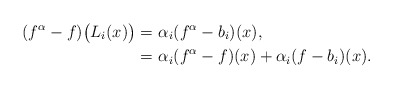
\begin{align*} (f^\alpha-f) \big (L_i(x)\big) =&~\alpha_i(f^\alpha-b_i)(x),\\ =&~\alpha_i(f^\alpha-f)(x)+\alpha_i(f-b_i)(x). \end{align*}